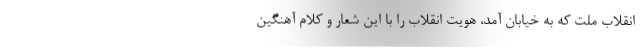
انقلاب ملت که به خیابان آمد، هویت انقلاب را با این شعار و کلام آهنگین